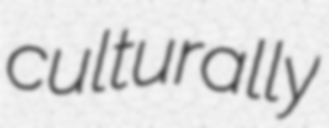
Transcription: culturally